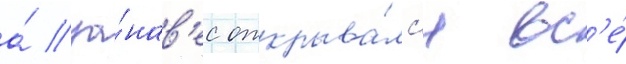
а́ за́нав'ес открыва́лс'я вс'е́